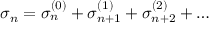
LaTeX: \sigma _ { n } = \sigma _ { n } ^ { ( 0 ) } + \sigma _ { n + 1 } ^ { ( 1 ) } + \sigma _ { n + 2 } ^ { ( 2 ) } + \ldots